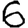
Digit: 6